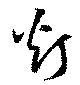
灯